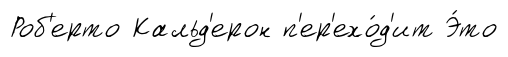
Роб'ерто Кальд'ерон п'ер'ехо́д'ит Э́то